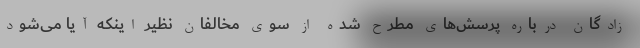
‌زادگان درباره پرسش‌های مطرح شده از سوی مخالفان نظیر اینکه آیا می‌شود